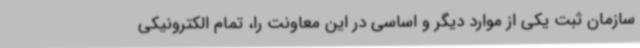
سازمان ثبت یکی از موارد دیگر و اساسی در این معاونت را، تمام الکترونیکی